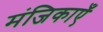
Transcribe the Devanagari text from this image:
मंजिकाएँ